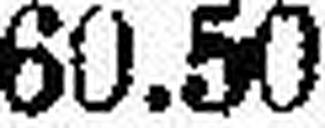
60.50